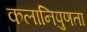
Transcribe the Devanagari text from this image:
कलानिपुणता